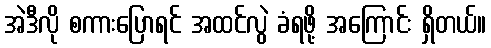
အဲဒီလို စကားပြောရင် အထင်လွဲ ခံရဖို့ အကြောင်း ရှိတယ်။